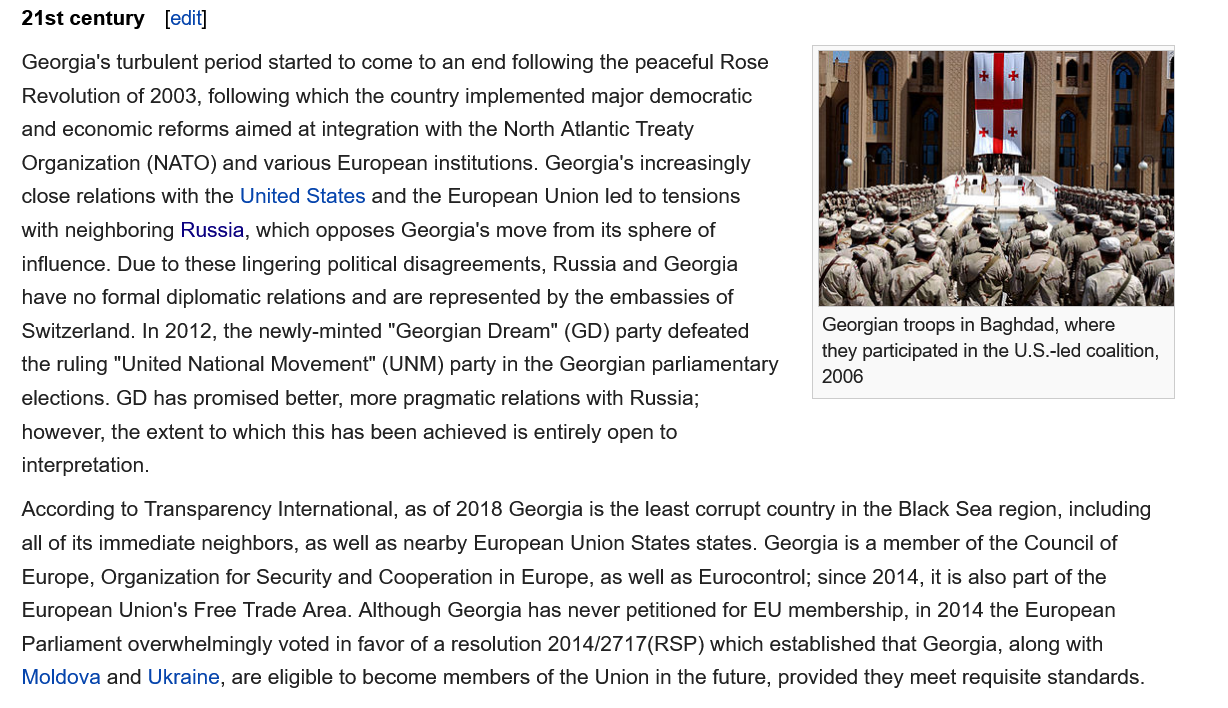
21st century [edit]
   Georgia's turbulent period started to come to an end following the peaceful Rose
   Revolution of 2003, following which the country implemented major democratic
   and economic reforms aimed at integration with the North Atlantic Treaty
   Organization (NATO) and various European institutions. Georgia's increasingly
   close relations with the United States and the European Union led to tensions
   with neighboring Russia, which opposes Georgia's move from its sphere of
   influence. Due to these lingering political disagreements, Russia and Georgia
   have no formal diplomatic relations and are represented by the embassies of
   Switzerland. In 2012, the newly-minted "Georgian Dream" (GD) party defeated
   the ruling "United National Movement" (UNM) party in the Georgian parliamentary
   elections. GD has promised better, more pragmatic relations with Russia;
   however, the extent to which this has been achieved is entirely open to
   interpretation.
     Georgian troops in Baghdad, where
     they participated in the U.S.-led coalition,
     2006
   According to Transparency International, as of 2018 Georgia is the least corrupt country in the Black Sea region, including
   all of its immediate neighbors, as well as nearby European Union States states. Georgia is a member of the Council of
   Europe, Organization for Security and Cooperation in Europe, as well as Eurocontrol; since 2014, it is also part of the
   European Union's Free Trade Area. Although Georgia has never petitioned for EU membership, in 2014 the European
   Parliament overwhelmingly voted in favor of a resolution 2014/2717(RSP) which established that Georgia, along with
   Moldova and Ukraine, are eligible to become members of the Union in the future, provided they meet requisite standards.